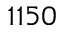
1 1 5 0